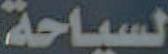
لسياحة